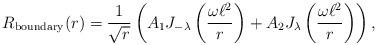
LaTeX: \begin{align*} R_{\rm boundary}(r) = \frac{1}{\sqrt{r}} \left( A_{\rm 1} J_{-\lambda} \left(\frac{\omega \ell^2}{r}\right) + A_{\rm 2} J_{\lambda} \left(\frac{\omega \ell^2}{r}\right)\right),\end{align*}